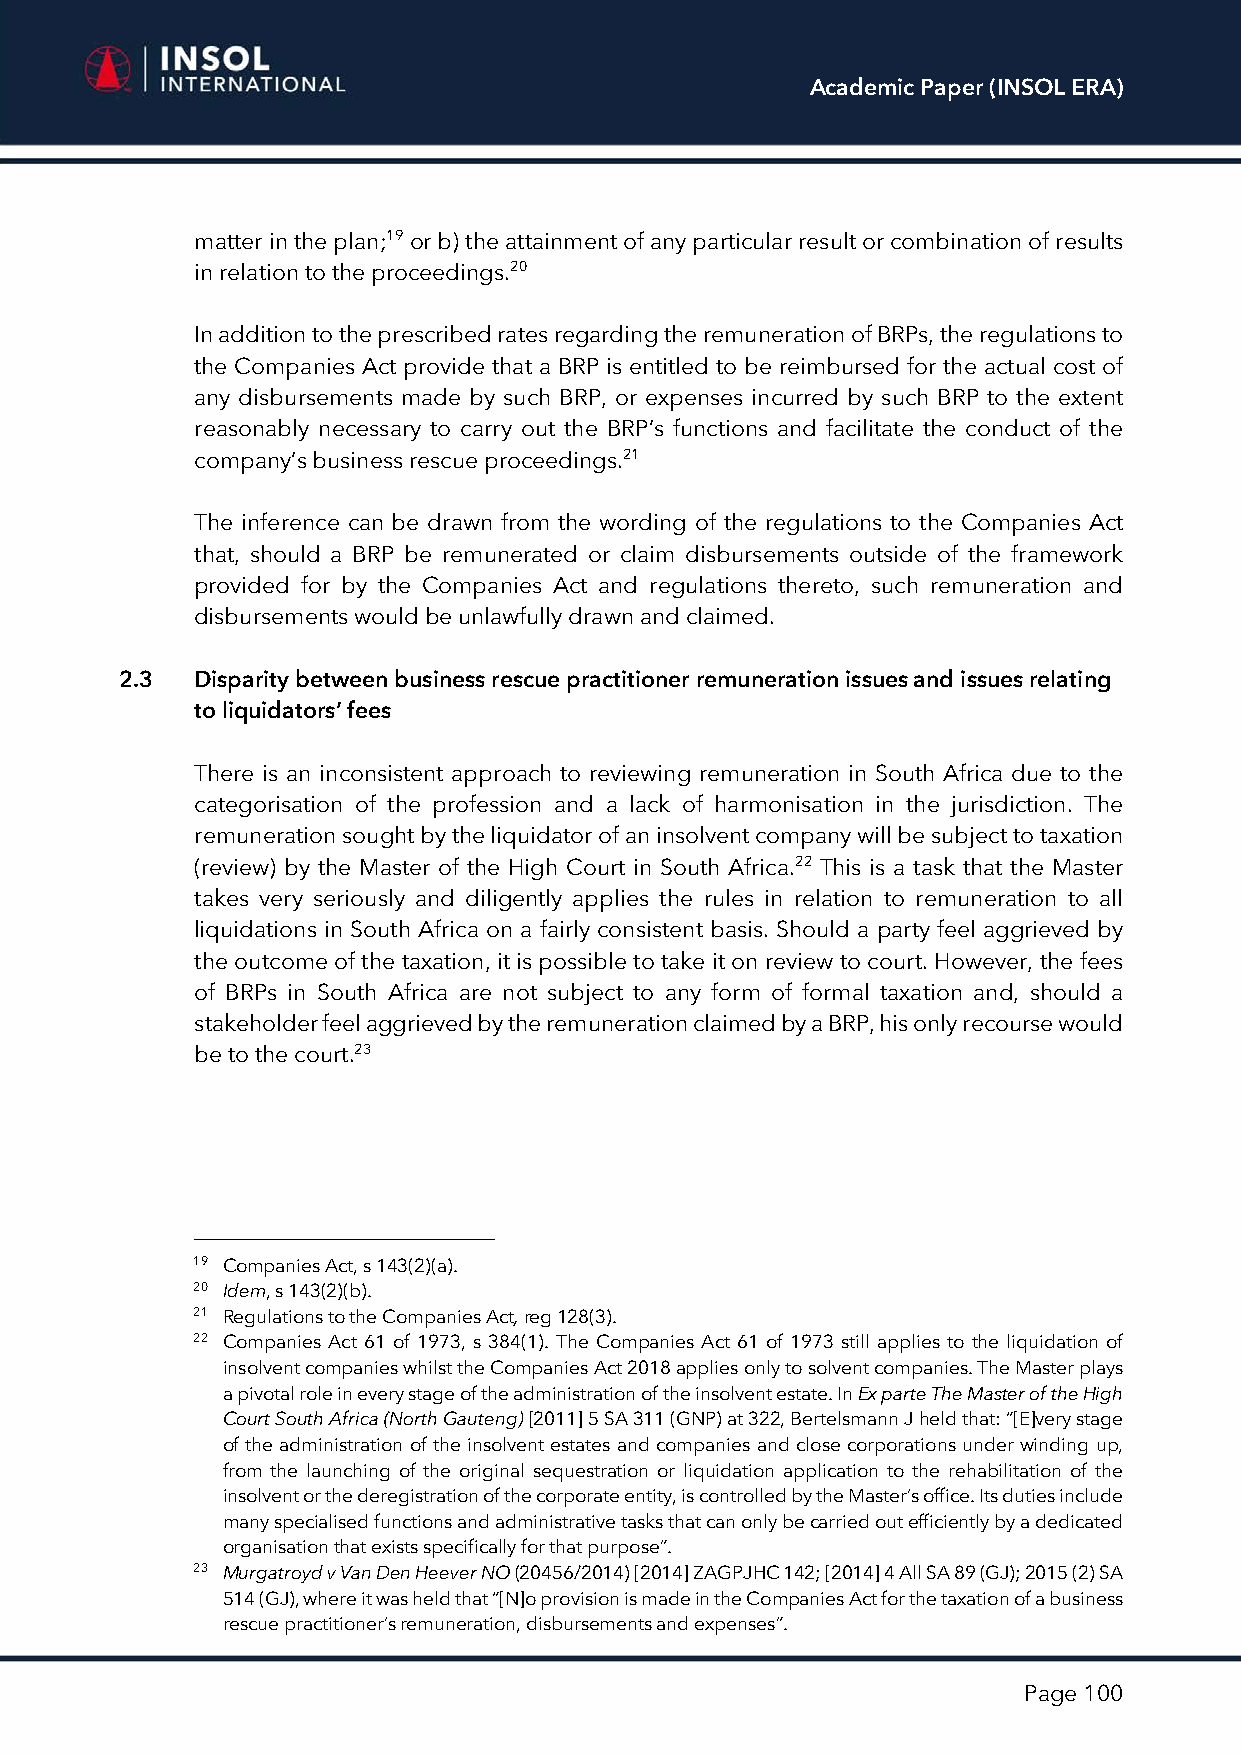
Academic Paper (INSOL ERA)
 matter in the plan;19 or b) the attainment of any particular result or combination of results
 in relation to the proceedings.20
 In addition to the prescribed rates regarding the remuneration of BRPs, the regulations to
 the Companies Act provide that a BRP is entitled to be reimbursed for the actual cost of
 any disbursements made by such BRP, or expenses incurred by such BRP to the extent
 reasonably necessary to carry out the BRP’s functions and facilitate the conduct of the
 company’s business rescue proceedings.21
 The inference can be drawn from the wording of the regulations to the Companies Act
 that, should a BRP be remunerated or claim disbursements outside of the framework
 provided for by the Companies Act and regulations thereto, such remuneration and
 disbursements would be unlawfully drawn and claimed.
 2.3  Disparity between business rescue practitioner remuneration issues and issues relating
 to liquidators’ fees
 There is an inconsistent approach to reviewing remuneration in South Africa due to the
 categorisation of the profession and a lack of harmonisation in the jurisdiction. The
 remuneration sought by the liquidator of an insolvent company will be subject to taxation
 (review) by the Master of the High Court in South Africa.22 This is a task that the Master
 takes very seriously and diligently applies the rules in relation to remuneration to all
 liquidations in South Africa on a fairly consistent basis. Should a party feel aggrieved by
 the outcome of the taxation, it is possible to take it on review to court. However, the fees
 of BRPs in South Africa are not subject to any form of formal taxation and, should a
 stakeholder feel aggrieved by the remuneration claimed by a BRP, his only recourse would
 be to the court.23
 19 Companies Act, s 143(2)(a).
 20 Idem, s 143(2)(b).
 21 Regulations to the Companies Act, reg 128(3).
 22 Companies Act 61 of 1973, s 384(1). The Companies Act 61 of 1973 still applies to the liquidation of
 insolvent companies whilst the Companies Act 2018 applies only to solvent companies. The Master plays
 a pivotal role in every stage of the administration of the insolvent estate. In Ex parte The Master of the High
 Court South Africa (North Gauteng) [2011] 5 SA 311 (GNP) at 322, Bertelsmann J held that: “[E]very stage
 of the administration of the insolvent estates and companies and close corporations under winding up,
 from the launching of the original sequestration or liquidation application to the rehabilitation of the
 insolvent or the deregistration of the corporate entity, is controlled by the Master’s office. Its duties include
 many specialised functions and administrative tasks that can only be carried out efficiently by a dedicated
 organisation that exists specifically for that purpose”.
 23 Murgatroyd v Van Den Heever NO (20456/2014) [2014] ZAGPJHC 142; [2014] 4 All SA 89 (GJ); 2015 (2) SA
 514 (GJ), where it was held that “[N]o provision is made in the Companies Act for the taxation of a business
 rescue practitioner’s remuneration, disbursements and expenses”.
 Page 100